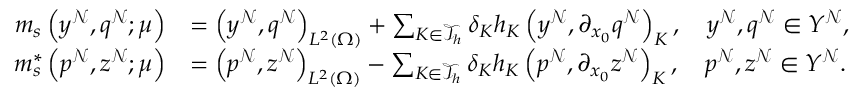
\begin{array} { r l } { m _ { s } \left( y ^ { \mathcal { N } } , q ^ { \mathcal { N } } ; \boldsymbol { \mu } \right) } & { = \left( y ^ { \mathcal { N } } , q ^ { \mathcal { N } } \right) _ { L ^ { 2 } ( \Omega ) } + \sum _ { K \in \mathcal { T } _ { h } } \delta _ { K } h _ { K } \left( y ^ { \mathcal { N } } , \partial _ { x _ { 0 } } q ^ { \mathcal { N } } \right) _ { K } , \quad y ^ { \mathcal { N } } , q ^ { \mathcal { N } } \in Y ^ { \mathcal { N } } , } \\ { m _ { s } ^ { * } \left( p ^ { \mathcal { N } } , z ^ { \mathcal { N } } ; \boldsymbol { \mu } \right) } & { = \left( p ^ { \mathcal { N } } , z ^ { \mathcal { N } } \right) _ { L ^ { 2 } ( \Omega ) } - \sum _ { K \in \mathcal { T } _ { h } } \delta _ { K } h _ { K } \left( p ^ { \mathcal { N } } , \partial _ { x _ { 0 } } z ^ { \mathcal { N } } \right) _ { K } , \quad p ^ { \mathcal { N } } , z ^ { \mathcal { N } } \in Y ^ { \mathcal { N } } . } \end{array}